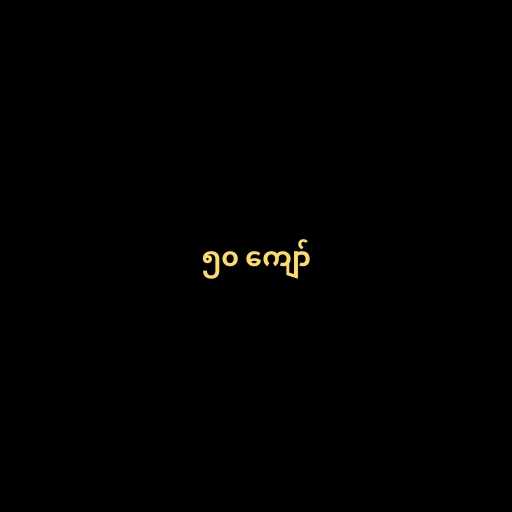
၅၀ ကျော်